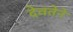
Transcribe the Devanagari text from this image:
देवतेने